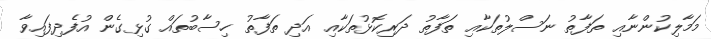
މަމާލިކުންނާއި ތަފާތު ނަސްލުތަކާއި ތަފާތު ދަރިކޮޅުތަކާއި އަދި ތަފާތު ހިސާބުތައް ގުޅިގެން އުފެދިފައިވާ